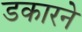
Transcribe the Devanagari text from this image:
डकारने